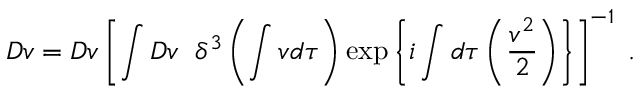
{ \cal D } v = D v \left[ \int D v \; \; \delta ^ { 3 } \left( \int v d \tau \right) \exp \left\{ i \int d \tau \left( \frac { v ^ { 2 } } 2 \right) \right\} \right] ^ { - 1 } \; .